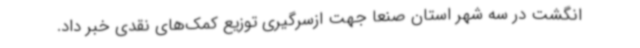
انگشت در سه شهر استان صنعا جهت ازسرگیری توزیع کمک‌های نقدی خبر داد.